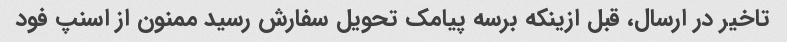
تاخیر در ارسال، قبل ازینکه برسه پیامک تحویل سفارش رسید ممنون از اسنپ فود